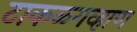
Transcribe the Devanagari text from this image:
टाकळगव्हाण